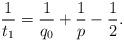
LaTeX: \begin{align*} \frac{1}{t_1}=\frac{1}{q_0}+\frac{1}{p}-\frac{1}{2}. \end{align*}